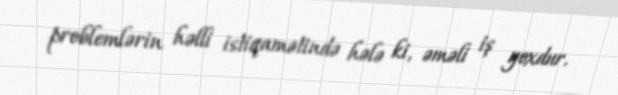
problemlərin həlli istiqamətində hələ ki, əməli iş yoxdur.